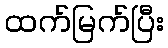
ထက်မြက်ပြီး